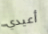
أعيدي